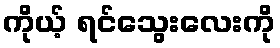
ကိုယ့် ရင်သွေးလေးကို